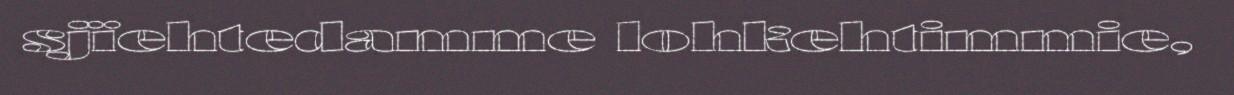
sjïehtedamme lohkehtimmie,